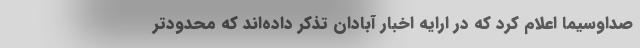
صداوسیما اعلام کرد که در ارایه اخبار آبادان تذکر داده‌اند که محدودتر